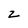
Character: Z